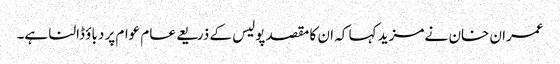
عمران خان نے مزید کہا کہ ان کا مقصد پولیس کے ذریعے عام عوام پر دباؤ ڈالنا ہے۔